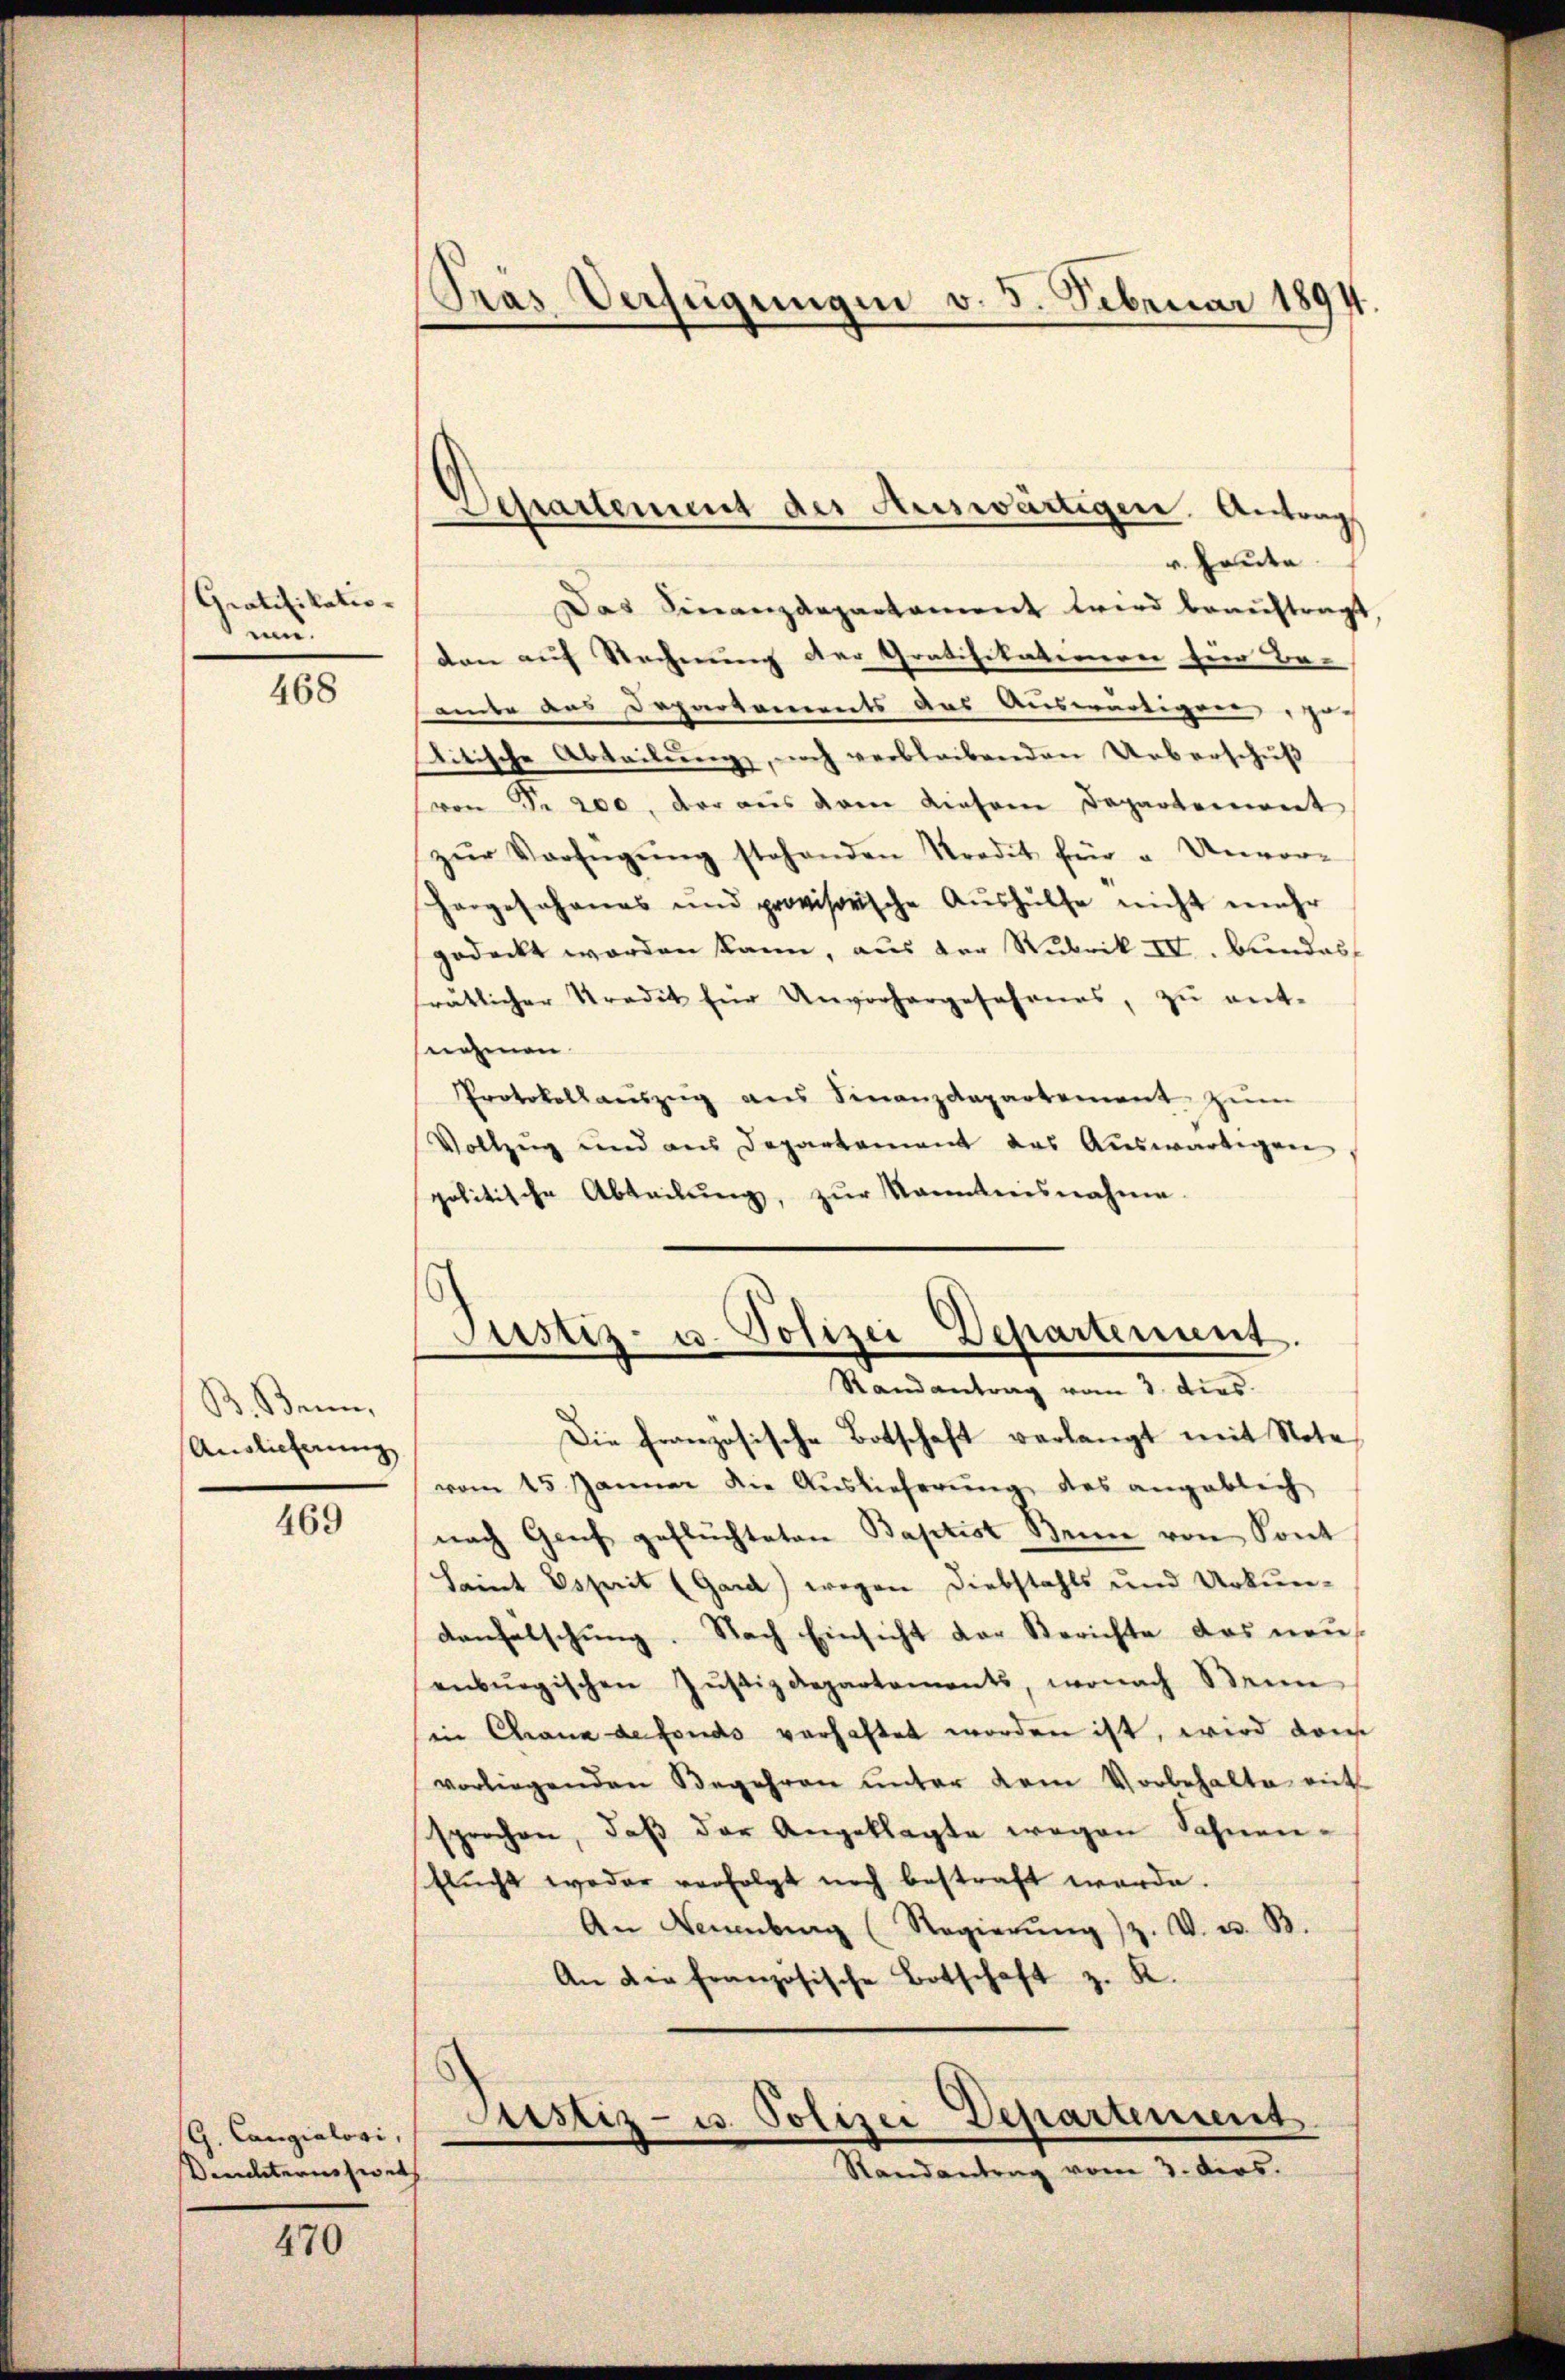
Gratifikatio
un.

468

B. Bann,
Anglicherung

469

G. Cangialogi,
Deuchternsweis

470

Pras Verfügungen v. 5. Februar 1894.

Das Finanzdepartament wird beauftragt,
den auf Rechnung der Gratifikatinerei fier Be-
amte des Departements des Auswärtiger Ju
seitische Abteilung, noch verbleibenden Ueberschuß
(von Fr. 200, der aus dem diesern Departement
zŭr Verfügŭng stehenden Kredit für u. Unvor-
hergesohanes und provisorische Aŭshülfe nicht mehr
gedeckt worden kann, aus der Rubrik IV. Bundes
rätlicher Stradit für Unvorhergesehenes, zŭ ent-
nehmen.
Protokollaŭszŭg aŭs Finanzdepartement zŭm
Vollzug und aus Departement das Auswärtigen
politische Abteilŭng, zŭr Kanntnisnahme.

Departement der Auswärtigen. Antrag
v. Heute

Justiz- u. Polizei Departement.
Randantrag vom 3. dies

Die Französische Botschaft verlangt mit Note
vom 15. Jänner die Auslieferung des angeblich
nach Genf geflüchteten Baptist Bein von Sont
Saint Esprit (Gard) wegen Diebstahls und Urkun-
denfälschung. Nach Einsicht der Berichte das neu
enburgischen Jŭstizdepartements, wonach Steine
in Chana de fonds verhaltet worden ist, wird dam
vorliegenden Begehren unter dem Vorbehalte ent
sprochen, daβ der Angeklagte wegen Sohnen-
Elŭcht weder verfolgt noch bestraft werde.
An Neuenburg (Regierŭng z. V. u. B.
An die französische Botschaft z. K.

Justiz- u. Polizei Departement
Randantrag vom 3. ders.